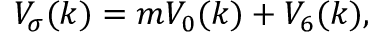
V _ { \sigma } ( k ) = m V _ { 0 } ( k ) + V _ { 6 } ( k ) ,